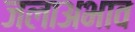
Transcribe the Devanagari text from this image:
जलाअभाव